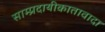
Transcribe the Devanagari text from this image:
साम्प्रदायीकातावादा